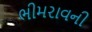
ભીમરાવની